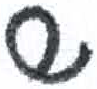
אות: ש